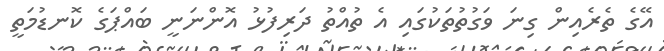
އޭގެ ތެރެއިން ގިނަ ވަގުތުތަކުގައި އެ ތުއްތު ދަރިފުޅު އޮންނަނީ ބައްޕަގެ ކޮނޑުމަތީ